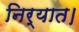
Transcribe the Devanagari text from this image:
निर्यात।